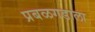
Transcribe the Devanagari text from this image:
प्रबळगडाला